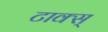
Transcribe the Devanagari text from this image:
टाक्स्